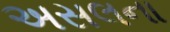
અસલના